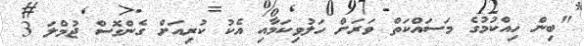
"ބިން ހިއްކުމުގެ މަސައްކަތް ވަރަށް ހަލުވިކަމާއި އެކު ކުރިއަށް ގެންގޮސް ޖުމްލަ 3